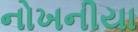
નોખનીયા